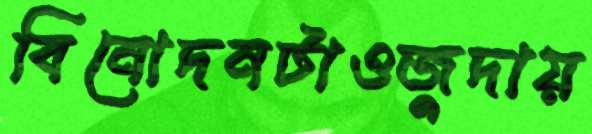
বিনোদনটাওজুদায়